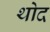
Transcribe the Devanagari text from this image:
थोद